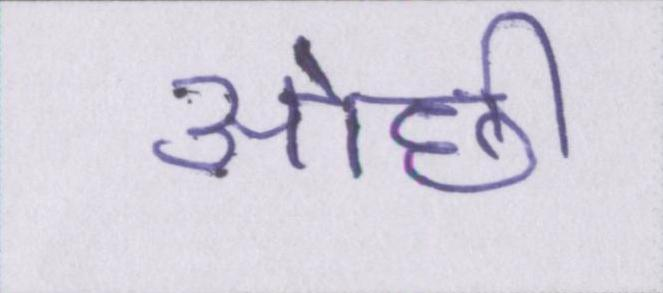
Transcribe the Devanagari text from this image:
ओछी